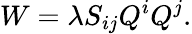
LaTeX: W=\lambda S_{ij}Q^{i}Q^{j}.